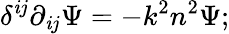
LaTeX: \delta^{\mathit{i}j}\partial_{\mathit{i}j}\Psi=-k^{2}n^{2}\Psi;